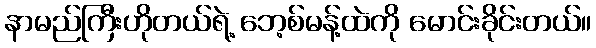
နာမည်ကြီးဟိုတယ်ရဲ့ ဘေ့စ်မန့်ထဲကို မောင်းခိုင်းတယ်။